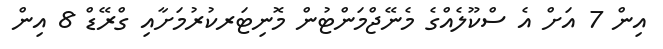
އިން 7 އަށް އެ ސްކޫލެއްގެ މެނޭޖްމަންޓުން މޮނިޓަރކުރުމަށާއި ގްރޭޑް 8 އިން